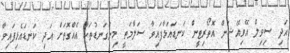
އަދި ސިވިލް އޭވިއޭޝަން އޮތޯރިޓީން ކަނޑައަޅާފައިވާ ސަލާމަތީ މިންގަނޑުތަކާ އެއްގޮތަށް އަދި ކަނޑައެޅިފައިވާ